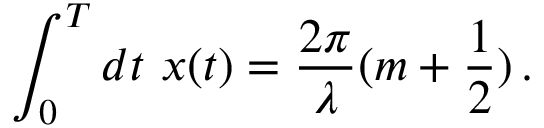
\int _ { 0 } ^ { T } d t \, \, x ( t ) = \frac { 2 \pi } { \lambda } ( m + \frac { 1 } { 2 } ) \, . \nonumber